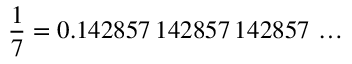
{ \frac { 1 } { 7 } } = 0 . 1 4 2 8 5 7 \, 1 4 2 8 5 7 \, 1 4 2 8 5 7 \, \ldots